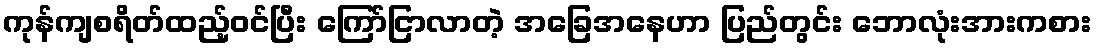
ကုန်ကျစရိတ်ထည့်ဝင်ပြီး ကြော်ငြာလာတဲ့ အခြေအနေဟာ ပြည်တွင်း ဘောလုံးအားကစား